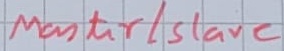
Text: Master/Slave